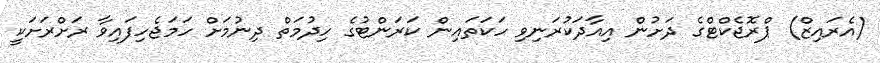
(އެރައިޒް) ޕްރޮޖެކްޓްގެ ދަށުން އިއާދަކުރަނިވި ހަކަތައިން ކަރަންޓުގެ ހިދުމަތް ދިނުމަށް ހަމަޖެހިފައިވާ ރަށްރަށަކީ